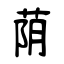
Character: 荫